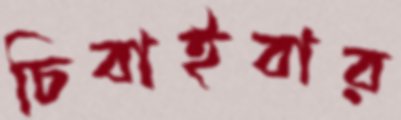
চিবাইবার